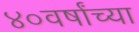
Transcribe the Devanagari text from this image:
४०वर्षांच्या